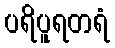
ပရိပူရတရံ